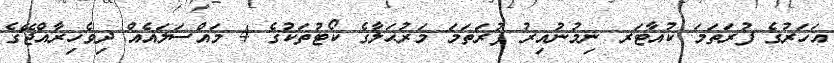
އަހަރުގެ ފުރަތަމަ ކުއާޓަރ ނިމުނުއިރު ފުރަތަމަ މަރުޙަލާގެ ކޯޓުތަކުގެ 4 މައްސަލައެއް ދިވެހިރާއްޖޭގެ